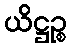
ယိဋ္ဌဉ္စ